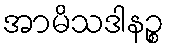
အာမိသဒါနဉ္စ